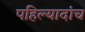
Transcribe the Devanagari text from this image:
पहिल्यादांच